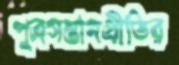
পুত্রসন্তানপ্রীতির